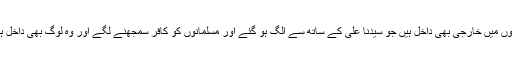
اللہ کی قسم تمہارے بعد ذرا نہ ٹھہرے اور ایڑیوں پر لوٹ گئے (اسلام سے پھر گئے ان لوگوں میں خارجی بھی داخل ہیں جو سیدنا علیؓ کے ساتھ سے الگ ہو گئے اور مسلمانوں کو کافر سمجھنے لگے اور وہ لوگ بھی داخل ہیں جنہوں نے نبیﷺ کی وصیت پر عمل نہ کیا اور آپﷺ کے اہل بیت کو ستایا اور شہید کیا۔